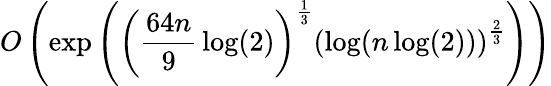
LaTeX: O\left(\exp\left(\left({\frac{64n}{9}}\log(2)\right)^{\frac{1}{3}}\left(\log(n\log(2))\right)^{\frac{2}{3}}\right)\right)